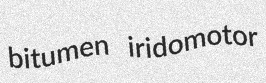
bitumen iridomotor